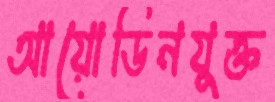
আয়োডিনযুক্ত